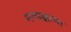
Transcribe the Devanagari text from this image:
मलाक्काच्या